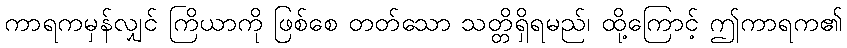
ကာရကမှန်လျှင် ကြိယာကို ဖြစ်စေ တတ်သော သတ္တိရှိရမည်၊ ထို့ကြောင့် ဤကာရက၏